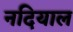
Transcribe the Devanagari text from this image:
नदियाल